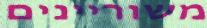
משוריינים